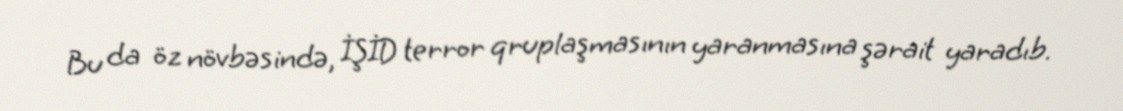
Bu da öz növbəsində, İŞİD terror qruplaşmasının yaranmasına şərait yaradıb.